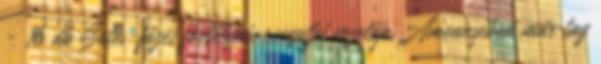
- 16 db Sütés-főzés fortélyai-receptjei vezetője Amennyiben már tag